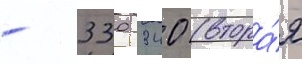
- 330 340 (втора́я